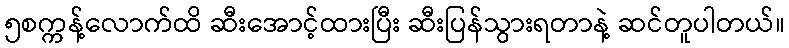
၅စက္ကန့်လောက်ထိ ဆီးအောင့်ထားပြီး ဆီးပြန်သွားရတာနဲ့ ဆင်တူပါတယ်။